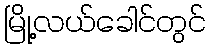
မြို့လယ်ခေါင်တွင်